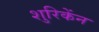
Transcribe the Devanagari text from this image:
शुरिकेंन